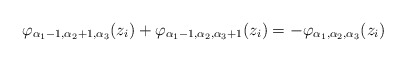
\begin{align*}\varphi_{\alpha_1-1,\alpha_2+1,\alpha_3}(z_i)+\varphi_{\alpha_1-1,\alpha_2,\alpha_3+1}(z_i)=-\varphi_{\alpha_1,\alpha_2,\alpha_3}(z_i)\end{align*}